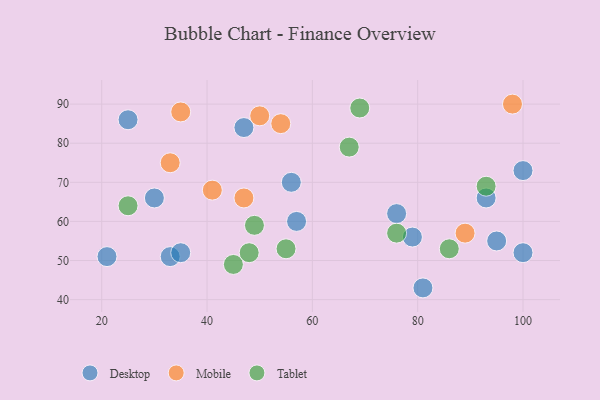
{"axis": {"x": "GDP", "y": "Life Expectancy"}, "legend": ["Desktop", "Mobile", "Tablet"], "data": [{"x": "81", "y": 43, "type": "Desktop"}, {"x": "30", "y": 66, "type": "Desktop"}, {"x": "47", "y": 84, "type": "Desktop"}, {"x": "79", "y": 56, "type": "Desktop"}, {"x": "25", "y": 86, "type": "Desktop"}, {"x": "76", "y": 62, "type": "Desktop"}, {"x": "33", "y": 51, "type": "Desktop"}, {"x": "21", "y": 51, "type": "Desktop"}, {"x": "100", "y": 52, "type": "Desktop"}, {"x": "100", "y": 73, "type": "Desktop"}, {"x": "56", "y": 70, "type": "Desktop"}, {"x": "57", "y": 60, "type": "Desktop"}, {"x": "95", "y": 55, "type": "Desktop"}, {"x": "35", "y": 52, "type": "Desktop"}, {"x": "93", "y": 66, "type": "Desktop"}, {"x": "54", "y": 85, "type": "Mobile"}, {"x": "47", "y": 66, "type": "Mobile"}, {"x": "98", "y": 90, "type": "Mobile"}, {"x": "35", "y": 88, "type": "Mobile"}, {"x": "89", "y": 57, "type": "Mobile"}, {"x": "33", "y": 75, "type": "Mobile"}, {"x": "41", "y": 68, "type": "Mobile"}, {"x": "50", "y": 87, "type": "Mobile"}, {"x": "55", "y": 53, "type": "Tablet"}, {"x": "69", "y": 89, "type": "Tablet"}, {"x": "49", "y": 59, "type": "Tablet"}, {"x": "25", "y": 64, "type": "Tablet"}, {"x": "93", "y": 69, "type": "Tablet"}, {"x": "76", "y": 57, "type": "Tablet"}, {"x": "86", "y": 53, "type": "Tablet"}, {"x": "45", "y": 49, "type": "Tablet"}, {"x": "67", "y": 79, "type": "Tablet"}, {"x": "48", "y": 52, "type": "Tablet"}]}